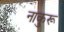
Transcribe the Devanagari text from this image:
नाकुरू